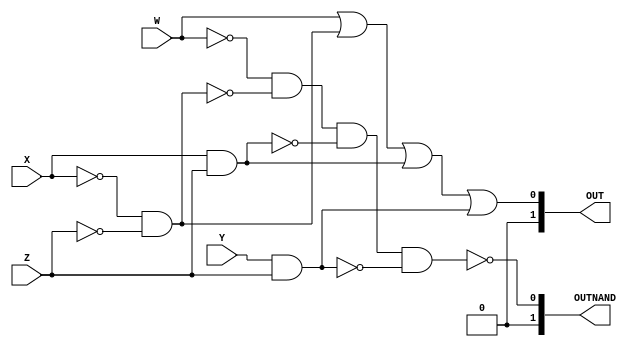
module comb(W, X, Y, Z, OUT, OUTNAND);
  input  W;
  input  X;
  input  Y;
  input  Z;
  
  output [1:0] OUT;
  output [1:0] OUTNAND;
  reg temp1;
  reg temp2;
  
  //assign OUT = W | ~X & ~Z | X & Z | Y & Z;
  //assign OUTNAND = ~(~W & ~(~X & ~Z) & ~(X & Z) & ~(Y & Z));


  
  always@(*)
  begin
      temp1 = W | ~X & ~Z | X & Z | Y & Z;
		temp2 = ~(~W & ~(~X & ~Z) & ~(X & Z) & ~(Y & Z));
  end
  
  assign OUT = temp1;
  assign OUTNAND = temp2;

endmodule